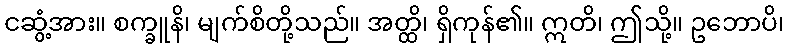
ငဆွံ့အား။ စက္ခူနိ၊ မျက်စိတို့သည်။ အတ္ထိ၊ ရှိကုန်၏။ ဣတိ၊ ဤသို့။ ဥဘောပိ၊